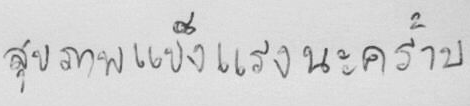
สุขภาพแข็งแรงนะคร้าบ